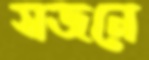
সজনে